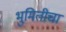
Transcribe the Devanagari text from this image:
भुमितीचा